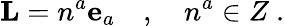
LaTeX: {\mathbf L}=n^{a}{\mathbf e_{a}}\quad,\quad n^{a}\in Z\ .